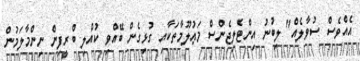
އެއްވެސް ސުވާލެއް" ލިބުނު އިންޓެލިޖެންސް މަޢުލޫމާތަކާއި ގުޅިގެން ބޭއްވި ކުއްލި ބްރީފިން ނިންމާލަމުން